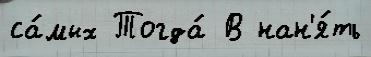
са́мых Тогда́ В нан'я́ть